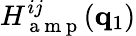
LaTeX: H_{\mathrm{~a~m~p~}}^{ij}(\mathbf{q}_{1})